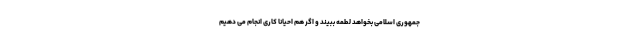
جمهوری اسلامی بخواهد لطمه ببیند و اگر هم احیانا کاری انجام می دهیم